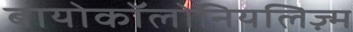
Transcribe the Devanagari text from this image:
बायोकॉलोनियलिज़्म